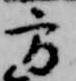
方